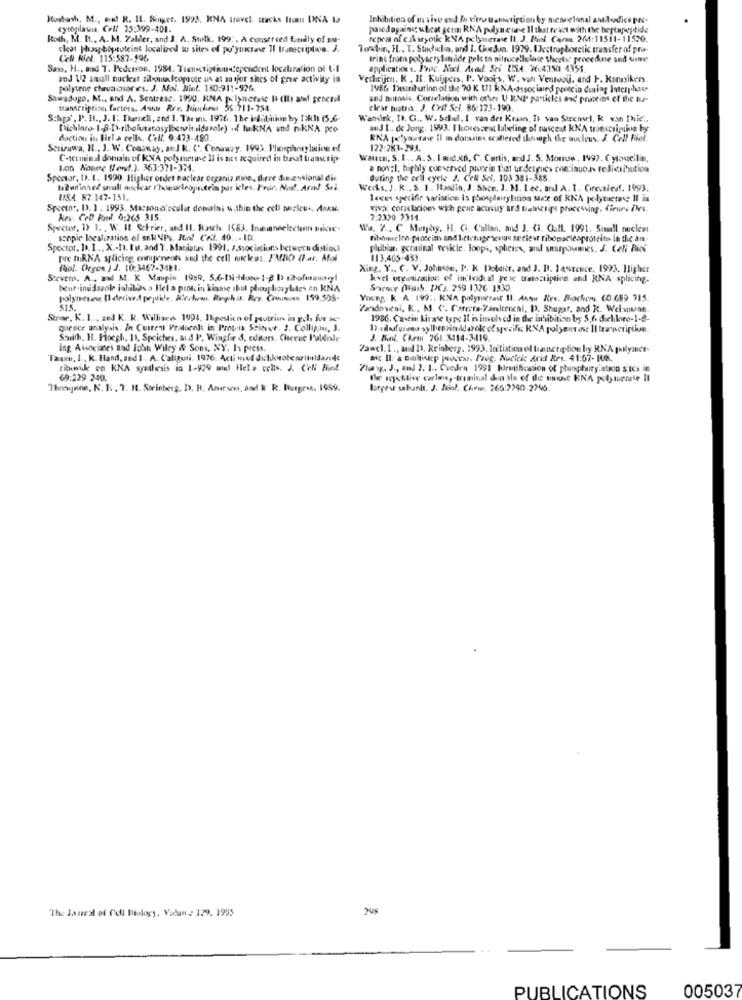
Hostash, M ., end R. 11. Singer. 1993. RNA travel. tracks Itom DINA Ia
Inhibition of in vivo und Ih vitrat
cytoplawi. Cell 35:399-401.
porcdagaing ubeat gerin RNA pdlyneone Il that react with the heptapeptide
Roth, M. I ., A. M. Zaliler, and J. A. Stolk. 199 :. A conserved family of su-
repeat of eukaryotic RNA polymerase It. J. Bil. Com. 261:11511- 11520.
cheat phosphoproteins localized to sites of po yukioe 11 transcription. J.
lowbin, H .. T. Stachelin, and I. Gordon. 1979. IJectrophoretic transfer of pra-
Cell Niel. 115:587-996
trins from polyacryliniide pele to nitrocellulose sheets: procedure and sume
Saxo, H ., and T. Pederson, 1984. Transcription-dependent localization of 1.I
applications. I'vec. Nocl. Acad Sci USA. 36:4350 4354.
and 12 small nucleat filomedicoprote us at an sjor shes of grue activity in
Verlirijen, R . H. Kuijper, P. Voois, W. van Venrooij, and P. Kongsiken.
polytene chava osores. J. Mol. Niet. 130:911-926.
1986 Distribution of the 70 K UI KNA-associated prescin dining Interphase
Sawadogo. M ., and A. Sentresc. 1990. KMA Tx lynerest Is (Il) ate general
and muitosis. Correlation with other U RNI particles and proteins of the I-
transcriptings factoss. Aune Fre, Niechems 55:711-754.
elest miatra. J. Crif Sci. 86:173-190.
Schpa', P. H ., J. I. Thankil, and 1. Tarim. 1976. The inlilith by Isk !: (5,6-
Wanink, It. G ., W. Sdel. I van der Kraan, Is van Strcmerl, k van Phie".
[ichloro- 1-8-D>-ribelusatosylbetoinsidanale) of lukNA and nakNA pce
and I .. de Jong. 1593. Ihoresseat labeling of nascest kNA transcription by
duction in Biel a cell. CeN. 9:473-480
RNA polymerase Il in dolsin scallered though the nucleus. J. Cell Fiel.
Serizawa, 11 ., J. W. Consmag, seJk. C'. Conaway. 1993. Pleuphorylation of
122:283-29.4.
C-terminal domain of KNA polynietine Il is not required in buanat transcrip-
Waltcm. S. I .. A. S. Ind.a.d. C. Curtis, and J. S. Monruw, 1992. Cyloucilin,
Lon Notere (end.). 363:371-3M.
a nov:1. highly cueserved phonein that urdetrucs continuos feliciibutica
Spector, D. L. 1990. Higher order naclear organiz sion, three dimensional dis
duting the evil eyele J. Cell Sci. 103 381-388.
toduring of small nuclear r'honortropnutrim par icter. Pror. Not. Arad Srl
Weds, J. K ., S. 1. Handin, J. Shon, J. M. Lze, and A. I ., Cirecilesf. 1993.
USA. 87.147-151.
14ces specific variation is phospdarrylation suce of KNA polytuetas Il in
Spector, D. 1. 1993. Macsono ccelar domains u.this the cell anzicus, Anku.
viva conclarion wich poure activity ard Balnctips processing. Cirurs /Wi.
Rev. Cet Raal. 0:265 315.
7:2320 2314.
Spector, 1> 1. . W. It Schrier, and Il. Rasch. 1583. Inmuneelectenn bicie-
Wa. 2 .. C. Mojby. H. Ci. Callan, and J. CI. Gall. 1991. Small nuclear
scopie localization of sekNPS In! CAZ. 40. .- 10.
fibonacten-protein and letetuge www seciear Fibonaclesproteins in the an-
Spector. D. I ... X .- D. Ia, and T. Mariiatas 1991. F.Ssociatiurs between distinct
plubian, germinal veskle. loops, spheres, and seurpommes. J. Cell Bici
pre miRNA splicing, components and the cell wielees. FMNO (far, Afol
113.465-433.
fiol. Orgen J J. 10:3467-3481.
Xing. Y ., C. V. Johnson, P. K Pobaict, and J. B. lastence, 1993. Higher
Stevens. A ., and M. K Maupin 1989. 5.6-tichilone- 1-2 19 rofmanonyl
kvel organization of individual peac tratestiption and RNA splicing-
bent-ind dazole inhibits a Hela protein kinase shel phooghiczylites en KNA
Science (Wash, PCy. 259 1326 1330.
polymerav Il derived peptide, Mechw. Ringchis. Res. Cowunsinn 159,505-
Young k A 199 :. KNA polymerase Il. Annu Rev. Rocher. (0.689 315.
515
Zandmeni, R ., M. C. Carecra-Zanteneni, D. Shugar, and R. Welantenn.
Strer. K. L ., and K. R. Willisen 1994. Digestion of protein in gch lus se-
1936. Castin Lirase type Il is involved in the inhibition by 5.6 dichloro-1-8-
quence analysis. in Current Pralooks in Provis Ssinet. J. Collig,mn, J.
Sswith, 11. Plocgh, 13, Speicher, und P. Wingfe &, editors. Cherue Paldisle
J. Kint. Chem 761.3414-3419.
ing Associates and John Wiley & Sons, NY. In press.
7awcl. 1 ., and 13. Reinberg. 1993. Icctiation el barscription by RNA polymer-
Taum, I ., k. Hand, and I -. A. Caliguri. 1976. Acti mof dichotenoitldavole
mc Il: a calicecp pocer. Prog. Nucleic Acid Ret. 41:67- 1.
ribnide en KNA syallesis in 1-929 and Hela cells. J. C'eNi Fiind.
"law, J ., and ). 1 .. Cuadra 1991 IJemification of phosphory ation stes i
69:229 240.
Thosejene, N. 1: . T. It. Steinberg, D. H. Acurwe, and & R. Burgess. 1959.
latgru sabunis. J. Miol. Chrw, 266:2290-2746.
"The Jastral of Cell Biology, Valun .: 129. 1995
PUBLICATIONS
005037